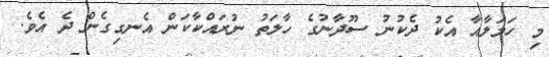
މި ހަމަލާއާ އެކު ދެކުނު ސޫދާނުގެ ހާލަތު ނުރައްކާކަން އެނގިގެން ދެ އެވެ.